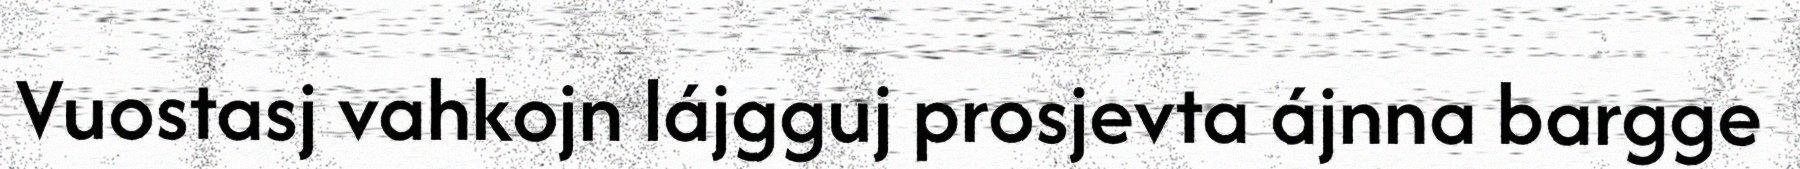
Vuostasj vahkojn lájgguj prosjevta ájnna bargge